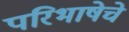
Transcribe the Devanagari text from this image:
परिभाषेचे